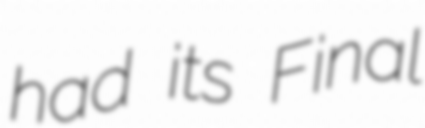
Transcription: had its Final